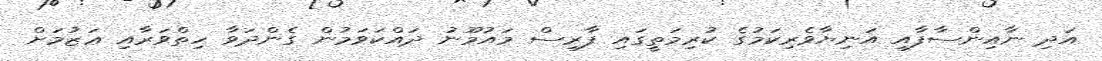
އަދި ނާއިންސާފާއި އަނިޔާވެރިކަމުގެ ކުރިމަތީގައި ފާރިސް މައުމޫނު ދައްކަވަމުން ގެންދަވާ ހިތްވަރާއި ޢަޒުމަށް